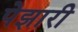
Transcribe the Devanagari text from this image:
पेझारी